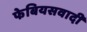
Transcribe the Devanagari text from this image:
फेबियसवादी